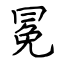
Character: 冕